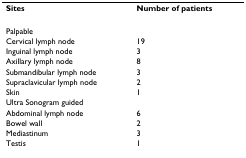
<table><thead><tr><td><b>Sites</b></td><td><b>Number of patients</b></td></tr></thead><tbody><tr><td colspan="2">Palpable</td></tr><tr><td>Cervical lymph node</td><td>19</td></tr><tr><td>Inguinal lymph node</td><td>3</td></tr><tr><td>Axillary lymph node</td><td>8</td></tr><tr><td>Submandibular lymph node</td><td>3</td></tr><tr><td>Supraclavicular lymph node</td><td>2</td></tr><tr><td>Skin</td><td>1</td></tr><tr><td colspan="2">Ultra Sonogram guided</td></tr><tr><td>Abdominal lymph node</td><td>6</td></tr><tr><td>Bowel wall</td><td>2</td></tr><tr><td>Mediastinum</td><td>3</td></tr><tr><td>Testis</td><td>1</td></tr></tbody></table>